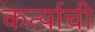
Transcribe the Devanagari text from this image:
कर्त्याची